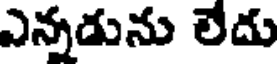
ఎన్నడును లేదు